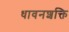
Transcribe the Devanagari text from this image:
धावनशक्ति